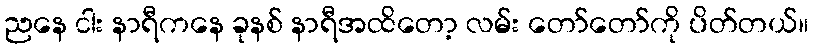
ညနေ ငါး နာရီကနေ ခုနစ် နာရီအထိတော့ လမ်း တော်တော်ကို ပိတ်တယ်။